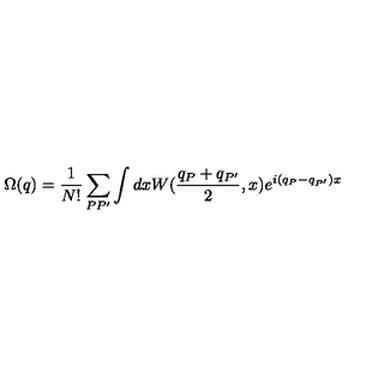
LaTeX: \Omega ( q ) = \frac 1 { N ! } \sum _ { P P ^ { \prime } } \int d x W ( \frac { q _ { P } + q _ { P ^ { \prime } } } 2 , x ) e ^ { i ( q _ { P } - q _ { P ^ { \prime } } ) x }